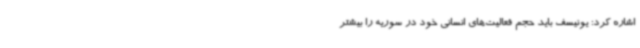
اشاره کرد: یونیسف باید حجم فعالیت‌های انسانی خود در سوریه را بیشتر